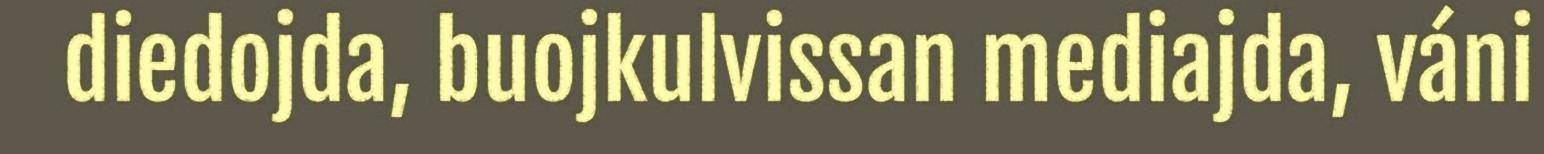
diedojda, buojkulvissan mediajda, váni